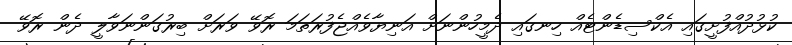
ކުޅުދުއްފުށީގައި އެކްސިޑެންޓެއް ހިނގައި ދެމީހުންނަށް އަނިޔާވެއްޖެފުރަތަމަ ރޮވޭ ވަރަށް ބިރުގަންނަވާލީ ދެން ރޮވޭ